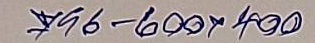
796 - 600 x 400